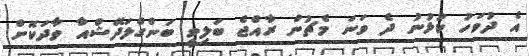
އެ ދުވަހު ކުޅުނު ދެ ވަނަ މެޗުން ރާއްޖެ ބަލިވީ ބަންގްލަދޭޝްއާ ވާދަކޮށް